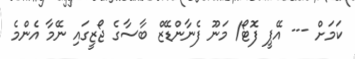
ކަމަށް --- އޭޕީ ފޮޓޯ/ މަނޫ ފެނާންޑޭޒް ބާސާގެ ޖޯޒީގައި ނޭމާ އެންމެ